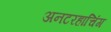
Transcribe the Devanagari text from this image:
अनटरहाचिंग